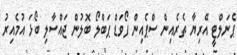
ޕެނަލްޓީ އޭރިޔާ ތެރެއިން ސްޕެއިން ފޯވަޑް ޕަބްލޯ ބޮލުން ޖައްސާލި ބޯޅަ އުމެއިރު